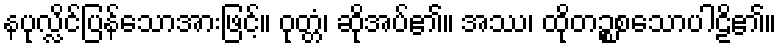
နပုလ္လိင်ပြန်သောအားဖြင့်။ ဝုတ္တံ၊ ဆိုအပ်၏။ အဿ၊ ထိုတဉ္စစသောပါဠိ၏။